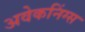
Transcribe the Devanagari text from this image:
अवेकनिंग्स